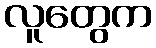
လူတွေက